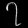
Digit: ၇